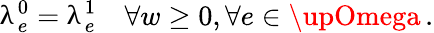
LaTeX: \uplambda_{e}^{0}=\uplambda_{e}^{1}\quad\forall w\ge 0,\forall e\in\upOmega\, .